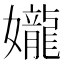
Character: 𫲘